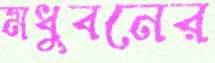
মধুবনের